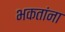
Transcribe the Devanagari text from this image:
भकतांना